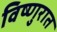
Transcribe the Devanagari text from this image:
विष्णुरात